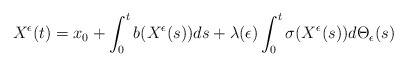
\begin{align*}\begin{aligned}X^{\epsilon}(t)&=x_{0}+\int^{t}_{0}b(X^{\epsilon}(s))ds+\lambda(\epsilon)\int^{t}_{0}\sigma(X^{\epsilon}(s))d\Theta_{\epsilon}(s)\end{aligned}\end{align*}